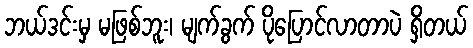
ဘယ်ဒင်းမှ မဖြစ်ဘူး၊ မျက်ခွက် ပိုပြောင်လာတာပဲ ရှိတယ်